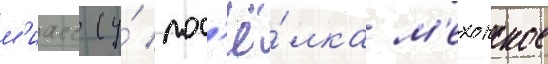
м'иасс (у́ пос'ё́лка м'ехонское